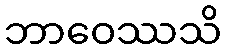
ဘာဝေဿသိ